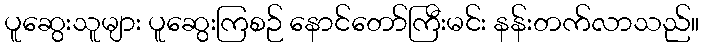
ပူဆွေးသူများ ပူဆွေးကြစဉ် နောင်တော်ကြီးမင်း နန်းတက်လာသည်။